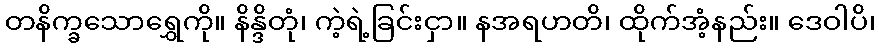
တနိက္ခသောရွှေကို။ နိန္ဒိတုံ၊ ကဲ့ရဲ့ခြင်းငှာ။ နအရဟတိ၊ ထိုက်အံ့နည်း။ ဒေဝါပိ၊